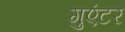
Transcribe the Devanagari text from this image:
गुएंटर